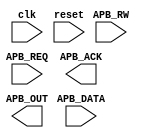
module APB_Controller (
    input wire clk, //clock signal
    input wire reset, //reset signal
    input wire APB_REQ, //APB bus request signal
    input wire [7:0] APB_DATA, //data signal on APB bus
    input wire APB_RW, //read/write signal on APB bus
    output wire APB_ACK, //acknowledge signal on APB bus
    output wire [7:0] APB_OUT //output data signal from APB bus
);

//clock signal generation module
always @ (posedge clk)
begin
    //insert clock signal generation code here
end

//data transfer control module
always @ (posedge clk)
begin
    if(reset)
    begin
        //insert reset code here
    end
    else if(APB_REQ)
    begin
        //insert data transfer code here
    end
end

//timing control module
always @ (posedge clk)
begin
    if(reset)
    begin
        //insert reset code here
    end
    else if(APB_REQ)
    begin
        //insert timing control code here
    end
end

//arbitration and prioritization module
always @ (posedge clk)
begin
    if(reset)
    begin
        //insert reset code here
    end
    else if(APB_REQ)
    begin
        //insert arbitration and prioritization code here
    end
end

endmodule